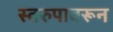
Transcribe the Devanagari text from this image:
स्वरुपावरून